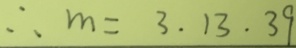
\therefore m = 3 . 1 3 . 3 9